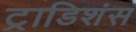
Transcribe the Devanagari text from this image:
ट्राडिशंस